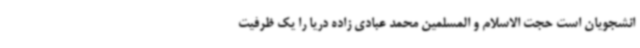
انشجویان است حجت الاسلام و المسلمین محمد عبادی زاده دریا را یک ظرفیت